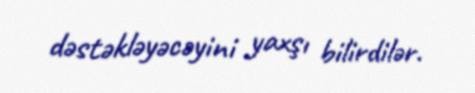
dəstəkləyəcəyini yaxşı bilirdilər.